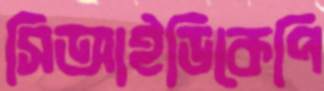
সিআইডিকেপি